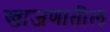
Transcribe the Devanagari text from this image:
खाजणातील